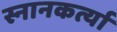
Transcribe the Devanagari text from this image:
स्नानकर्त्या